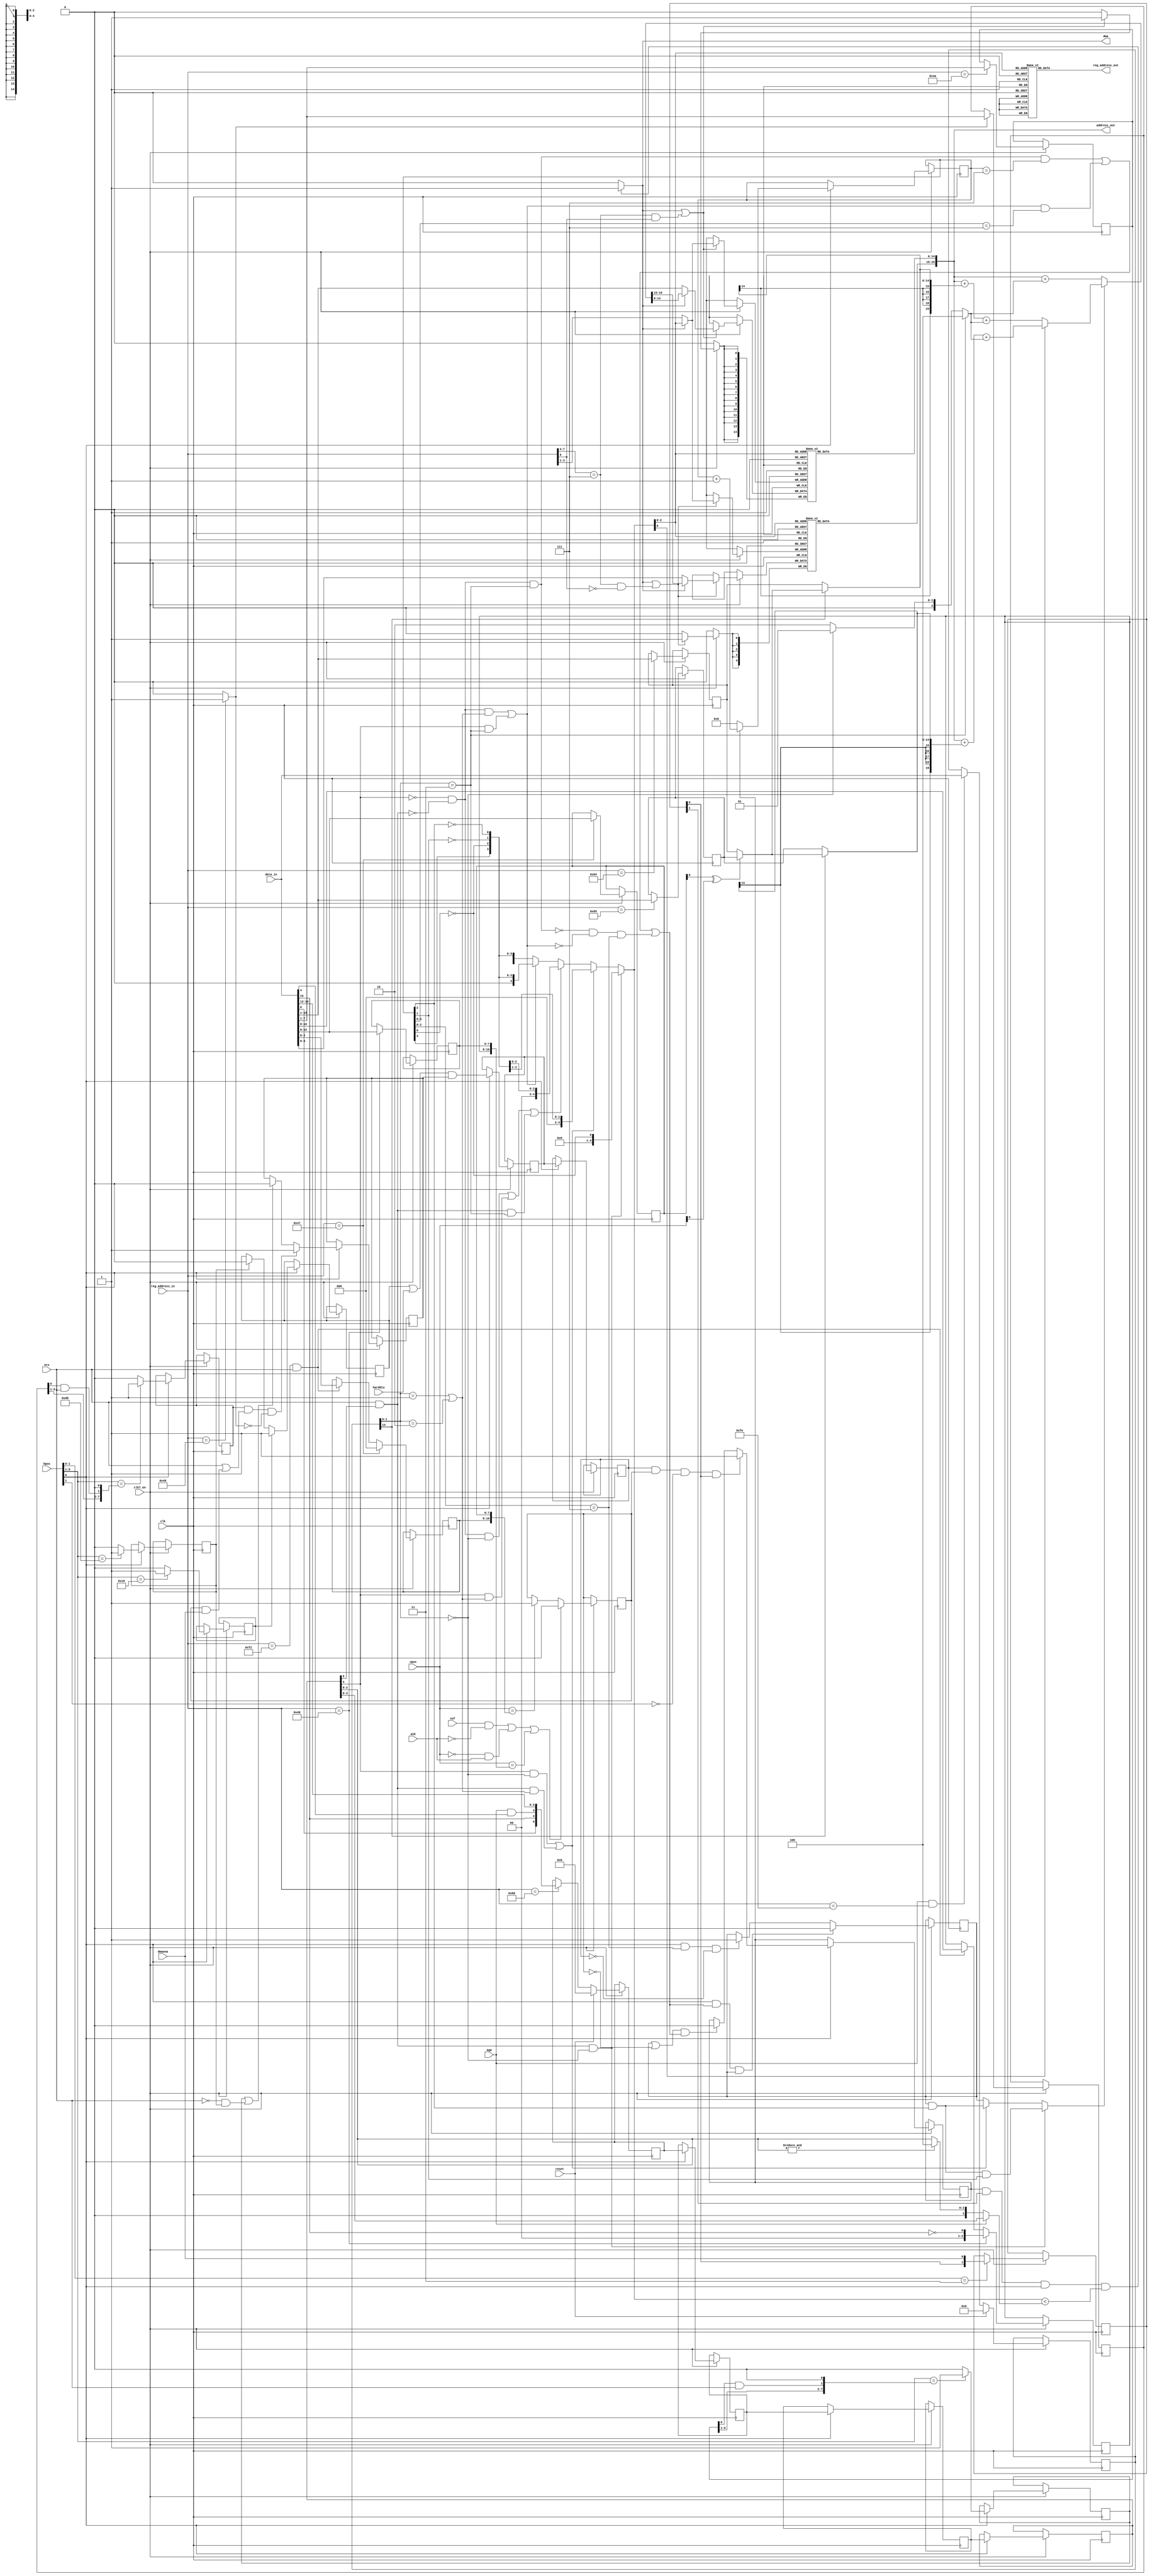
// This program was cloned from: https://github.com/rkrajnc/minimig-mist
// License: GNU General Public License v3.0

////////////////////////////////////////////////////////////////////////////////
//                                                                            //
// Copyright 2006, 2007 Dennis van Weeren                                     //
// Copyright 2008, Jakub Bednarski                                            //
// Copyright 2011-20015, Rok Krajnc                                           //
//                                                                            //
// This file is part of Minimig                                               //
//                                                                            //
// Minimig is free software; you can redistribute it and/or modify            //
// it under the terms of the GNU General Public License as published by       //
// the Free Software Foundation; either version 3 of the License, or          //
// (at your option) any later version.                                        //
//                                                                            //
// Minimig is distributed in the hope that it will be useful,                 //
// but WITHOUT ANY WARRANTY; without even the implied warranty of             //
// MERCHANTABILITY or FITNESS FOR A PARTICULAR PURPOSE.  See the              //
// GNU General Public License for more details.                               //
//                                                                            //
// You should have received a copy of the GNU General Public License          //
// along with this program.  If not, see <http://www.gnu.org/licenses/>.      //
//                                                                            //
////////////////////////////////////////////////////////////////////////////////
//                                                                            //
// Bitplane DMA engine                                                        //
//                                                                            //
////////////////////////////////////////////////////////////////////////////////


module agnus_bitplanedma (
  input  wire           clk,              // 28MHz clock
  input  wire           clk7_en,          // 7MHz clock enable
  input  wire           reset,            // reset
  input  wire           harddis,
  input  wire           aga,              // aga config
  input  wire           ecs,              // ddfstrt/ddfstop ECS bits enable
  input  wire           a1k,              // DIP Agnus feature
  input  wire           sof,              // start of frame
  input  wire           dmaena,           // enable dma input
  input  wire [ 11-1:0] vpos,             // vertical position counter
  input  wire [  9-1:0] hpos,             // agnus internal horizontal position counter (advanced by 4 CCK)
  output wire           dma,              // true if bitplane dma engine uses it's cycle
  input  wire [  9-1:1] reg_address_in,   // register address inputs
  output reg  [  9-1:1] reg_address_out,  // register address outputs
  input  wire [ 16-1:0] data_in,          // bus data in
  output wire [ 21-1:1] address_out       // chip address out
);


// register names and adresses
localparam DIWSTRT_REG   = 9'h08E;
localparam DIWSTOP_REG   = 9'h090;
localparam DIWHIGH_REG   = 9'h1E4;
localparam BPLPTBASE_REG = 9'h0E0; // bitplane pointers base address
localparam DDFSTRT_REG   = 9'h092;
localparam DDFSTOP_REG   = 9'h094;
localparam BPL1MOD_REG   = 9'h108;
localparam BPL2MOD_REG   = 9'h10a;
localparam BPLCON0_REG   = 9'h100;
localparam FMODE_REG     = 9'h1fc;

// local signals
reg  [ 8: 2] ddfstrt;             // display data fetch start
reg  [ 8: 2] ddfstop;             // display data fetch stop
wire [ 8: 2] ddfdiff;
wire [ 8: 2] ddfdiff_masked;
reg  [15: 1] bpl1mod;             // modulo for odd bitplanes
reg  [15: 1] bpl2mod;             // modulo for even bitplanes
wire [15: 1] bpl1mod_bscan;       // modulo for odd bitplanes, adjusted for bitplane scandoubling
wire [15: 1] bpl2mod_bscan;       // modulo for even bitplanes, adjusted for bitplane scandoubling

reg  [ 5: 0] bplcon0;             // bitplane control (SHRES, HIRES and BPU bits)
reg  [ 5: 0] bplcon0_delayed;     // delayed bplcon0 (compatibility)
reg  [ 5: 0] bplcon0_delay [1:0];
reg  [15: 0] fmode;

wire         hires;               // bplcon0 - high resolution display mode
wire         shres;               // bplcon0 - super high resolution display mode
wire [ 3: 0] bpu;                 // bplcon0 - selected number of bitplanes

reg  [20: 1] newpt;               // new pointer
reg  [20:16] bplpth [7:0];        // upper 5 bits bitplane pointers
reg  [15: 1] bplptl [7:0];        // lower 16 bits bitplane pointers
reg  [ 4: 0] plane;               // plane pointer select

wire         mod;                 // end of data fetch, add modulo

reg          hardena;             // hardware display data fetch enable ($18-$D8)
reg          softena;             // software display data fetch enable
reg          ddfena;              // combined display data fetch
reg          ddfena_0;

reg  [ 4: 0] ddfseq;              // bitplane DMA fetch cycle sequencer
reg          ddfrun;              // set when display dma fetches data
reg          ddfend;              // indicates the last display data fetch sequence

reg  [ 1: 0] dmaena_delayed;      // delayed bitplane dma enable signal (compatibility)

reg  [10: 0] vdiwstrt;            // vertical display window start position
reg  [10: 0] vdiwstop;            // vertical display window stop position
reg          vdiwena;             // vertical display window enable

wire [ 2: 0] bplptr_sel;          // bitplane pointer select
wire [20:16] bplpth_in;
wire [15: 1] bplptl_in;
wire         ddfstrt_sel;

wire         bp_fmode0;           // FMODE == 0
wire         bp_fmode12;          // FMODE == 1 || FMODE == 2
wire         bp_fmode3;           // FMODE == 3

reg          soft_start;
reg          soft_stop;
reg          hard_start;
reg          hard_stop;

wire         ddfseq_match;


// display data fetches can take place during blanking (when vdiwstrt is set to 0 the display is distorted)
// diw vstop/vstart conditiotions are continuously checked
// first visible line $1A
// vstop forced by vbl
// last visible line is displayed in colour 0
// vdiwstop = N (M>N)
// wait vpos N-1 hpos $d7, move vdiwstop M : effective
// wait vpos N-1 hpos $d9, move vdiwstop M : non effective

// display not active:
// wait vpos N hpos $dd, move vdiwstrt N : display starts
// wait vpos N hpos $df, move vdiwstrt N : display doesn't start

// if vdiwstrt==vdiwstop : no display
// if vdiwstrt>vdiwstop : display from vdiwstrt till screen bottom

// display dma can be started in the middle of a scanline by setting vdiwstrt to the current line number (ECS only)
// OCS: the display starts when ddfstrt condition is true
// display dma can be stopped in the middle of a scanline by setting vdiwstop to the current line number
// if display starts all enabled planes are fetched
// if hstop is set 4 CCKs after hstart to the same line no display occurs
// if hstop is set 8 CCKs after hstart one 16 pixel chunk is displayed (lowres)

// ECS: DDFSTOP = $E2($E3) display data fetch stopped ($00 stops the display as well)
// ECS: DDFSTOP = $E4 display data fetch not stopped


// vdiwstart
always @ (posedge clk) begin
  if (clk7_en) begin
    if (reg_address_in[8:1]==DIWSTRT_REG[8:1])
      vdiwstrt[7:0] <= #1 data_in[15:8];
  end
end

always @ (posedge clk) begin
  if (clk7_en) begin
    if (reg_address_in[8:1]==DIWSTRT_REG[8:1])
      vdiwstrt[10:8] <= #1 3'b000; // reset V10-V9 when writing DIWSTRT_REG
    else if (reg_address_in[8:1]==DIWHIGH_REG[8:1] && ecs) // ECS
      vdiwstrt[10:8] <= #1 data_in[2:0];
  end
end

// vdiwstop
always @ (posedge clk) begin
  if (clk7_en) begin
    if (reg_address_in[8:1]==DIWSTOP_REG[8:1])
      vdiwstop[7:0] <= #1 data_in[15:8];
  end
end

always @ (posedge clk) begin
  if (clk7_en) begin
    if (reg_address_in[8:1]==DIWSTOP_REG[8:1])
      vdiwstop[10:8] <= #1 {2'b00,~data_in[15]}; // V8 = ~V7
    else if (reg_address_in[8:1]==DIWHIGH_REG[8:1] && ecs) // ECS
      vdiwstop[10:8] <= #1 data_in[10:8];
  end
end

// vertical display window enable
always @ (posedge clk) begin
  if (clk7_en) begin
    if (sof && ~a1k || vpos[10:0]==0 && a1k || vpos[10:0]==vdiwstop[10:0]) // DIP Agnus can't start display DMA at scanline 0
      vdiwena <= #1 1'b0;
    else if (vpos[10:0]==vdiwstrt[10:0])
      vdiwena <= #1 1'b1;
  end
end

assign bplptr_sel = dma ? plane[2:0] : reg_address_in[4:2];

// high word pointer register bank (implemented using distributed ram)
assign bplpth_in = dma ? newpt[20:16] : data_in[4:0];

// TODO high bitplane pointer probably needs a delay (writing to pointer doesn't seem to take effect next cycle ...)
always @ (posedge clk) begin
  if (clk7_en) begin
    if (dma || ((reg_address_in[8:5]==BPLPTBASE_REG[8:5]) && !reg_address_in[1])) // if bitplane dma cycle or bus write
      bplpth[bplptr_sel] <= #1 bplpth_in;
  end
end

assign address_out[20:16] = bplpth[plane[2:0]];

// low word pointer register bank (implemented using distributed ram)
assign bplptl_in = dma ? newpt[15:1] : data_in[15:1];

always @ (posedge clk) begin
  if (clk7_en) begin
    if (dma || ((reg_address_in[8:5]==BPLPTBASE_REG[8:5]) && reg_address_in[1])) // if bitplane dma cycle or bus write
      bplptl[bplptr_sel] <= #1 bplptl_in;
  end
end

assign address_out[15:1] = bplptl[plane[2:0]];

assign ddfstrt_sel = reg_address_in[8:1]==DDFSTRT_REG[8:1] ? 1'b1 : 1'b0;

// write ddfstrt and ddfstop registers
always @ (posedge clk) begin
  if (clk7_en) begin
    if (ddfstrt_sel)
      ddfstrt[8:2] <= #1 data_in[7:1];
  end
end

always @ (posedge clk) begin
  if (clk7_en) begin
    if (reg_address_in[8:1]==DDFSTOP_REG[8:1])
      ddfstop[8:2] <= #1 data_in[7:1];
  end
end

// write modulo registers
always @ (posedge clk) begin
  if (clk7_en) begin
    if (reg_address_in[8:1]==BPL1MOD_REG[8:1])
      bpl1mod[15:1] <= #1 data_in[15:1];
  end
end

always @ (posedge clk) begin
  if (clk7_en) begin
    if (reg_address_in[8:1]==BPL2MOD_REG[8:1])
      bpl2mod[15:1] <= #1 data_in[15:1];
  end
end

// write those parts of bplcon0 register that are relevant to bitplane DMA sequencer
always @ (posedge clk) begin
  if (clk7_en) begin
    if (reset)
      bplcon0 <= #1 6'b00_0000;
    else if (reg_address_in[8:1]==BPLCON0_REG[8:1])
      bplcon0 <= #1 {data_in[6], data_in[15], aga & data_in[4], data_in[14:12]}; //SHRES,HIRES,BPU3,BPU2,BPU1,BPU0
  end
end

// delay by 8 clocks (in real Amiga DMA sequencer is pipelined and features a delay of 3 CCKs)
// delayed BPLCON0 by 3 CCKs
always @ (posedge clk) begin
  if (clk7_en) begin
    if (hpos[0]) begin
      bplcon0_delay[0] <= #1 bplcon0;
      bplcon0_delay[1] <= #1 bplcon0_delay[0];
      bplcon0_delayed  <= #1 bplcon0_delay[1];
    end
  end
end

assign shres = ecs & bplcon0_delayed[5];
assign hires = bplcon0_delayed[4];
assign bpu = aga ? bplcon0_delayed[3:0] : {1'b0, &bplcon0_delayed[2:0] ? 3'd4 : bplcon0_delayed[2:0]};

// fmode
always @ (posedge clk) begin
  if (clk7_en) begin
    if (reset)
      fmode <= #1 16'h0000;
    else if (aga && (reg_address_in[8:1] == FMODE_REG[8:1]))
      fmode <= #1 data_in;
  end
end

assign bp_fmode0  = (fmode[1:0] == 2'b00);
assign bp_fmode12 = (fmode[1:0] == 2'b01) || (fmode[1:0] == 2'b10);
assign bp_fmode3  = (fmode[1:0] == 2'b11);

// bitplane dma enable bit delayed by 4 CCKs
always @ (posedge clk) begin
  if (clk7_en) begin
    if (hpos[1:0]==2'b11)
      dmaena_delayed[1:0] <= #1 {dmaena_delayed[0], dmaena};
  end
end


//  Display DMA can start and stop on any (within hardware limits) 2-CCK boundary regardless of a choosen resolution.
//  Non-aligned start position causes addition of extra shift value to horizontal scroll.
//  This values depends on which horizontal position BPL0DAT register is written.
//  One full display DMA sequence lasts 8 CCKs. When sequence restarts finish condition is checked (ddfstop position passed).
//  The last DMA sequence adds modulo to bitplane pointers.
//  The state of BPLCON0 is delayed by 3 CCKs (real Agnus has pipelining in DMA engine).
//
//  ddf start condition is checked 2 CCKs before actual position, ddf stop is checked 4 CCKs in advance <- that's not true
//  ddf start condition is checked 4 CCKs before the first bitplane data fetch
//  magic: writing DDFSTRT register when the hpos=ddfstrt doesn't start the bitplane DMA

always @ (posedge clk) begin
  if (clk7_en) begin
    if (hpos[0])
      if (hpos[8:1]=={ddfstrt[8:3], ddfstrt[2] & ecs, 1'b0})
        soft_start <= #1 1'b1;
      else
        soft_start <= #1 1'b0;
  end
end

always @ (posedge clk) begin
  if (clk7_en) begin
    if (hpos[0])
      if (hpos[8:1] == {ddfstop[8:3], ddfstop[2] & ecs, 1'b0})
        soft_stop <= #1 1'b1;
      else
        soft_stop <= #1 1'b0;
  end
end

always @ (posedge clk) begin
  if (clk7_en) begin
    if (hpos[0])
      if (hpos[8:1]==8'h18)
        hard_start <= #1 1'b1;
      else
        hard_start <= #1 1'b0;
  end
end

always @ (posedge clk) begin
  if (clk7_en) begin
    if (hpos[0])
      if (hpos[8:1]==8'hD8)
        hard_stop <= #1 1'b1;
      else
        hard_stop <= #1 1'b0;
  end
end

// softena : software display data fetch window
always @ (posedge clk) begin
  if (clk7_en) begin
    if (hpos[0])
      if (soft_start && (ecs || vdiwena && dmaena) && !ddfstrt_sel) // OCS: display can start only when vdiwena condition is true
        softena <= #1 1'b1;
      else if (soft_stop || !ecs && hard_stop)
        softena <= #1 1'b0;
  end
end

// hardena : hardware limits of display data fetch
always @ (posedge clk) begin
  if (clk7_en) begin
    if (hpos[0])
      if (hard_start)
        hardena <= #1 1'b1;
      else if (hard_stop)
        hardena <= #1 1'b0;
  end
end

// ddfena signal is set and cleared 2 CCKs before actual transfer should start or stop
// delayed DDFENA by 2 CCKs
always @ (posedge clk) begin
  if (clk7_en) begin
    if (hpos[0]) begin
      ddfena_0 <= #1 (hardena || harddis) && softena;
      ddfena <= #1 ddfena_0;
    end
  end
end

// this signal is for matching ddfseq with last dma cycle (after ddfstop)
assign ddfseq_match = ((!hires && !shres && bp_fmode3)                            && (ddfseq[4:0] == 5'd7)) ||
                      (((!shres && !hires && bp_fmode12) || (hires && bp_fmode3)) && (ddfseq[3:0] == 4'd7)) ||
                      (!(!hires && !shres && bp_fmode3) && !((!shres && !hires && bp_fmode12) || (hires && bp_fmode3))) && (ddfseq[2:0] == 3'd7);

// this signal enables bitplane DMA sequencer
always @ (posedge clk) begin
  if (clk7_en) begin
    if (hpos[0]) //cycle alligment
      if (ddfena && vdiwena && !hpos[1] && dmaena_delayed[0]) // bitplane DMA starts at odd timeslot
        ddfrun <= #1 1'b1;
      else if ((ddfend || !vdiwena) && ddfseq_match) // cleared at the end of last bitplane DMA cycle
        ddfrun <= #1 1'b0;
  end
end

// bitplane fetch dma sequence counter (1 bitplane DMA sequence lasts 8 CCK cycles)
always @ (posedge clk) begin
  if (clk7_en) begin
    if (hpos[0]) // cycle alligment
      if (ddfrun) // if enabled go to the next state
        ddfseq <= #1 ddfseq + 5'd1;
      else
        ddfseq <= #1 5'd0;
  end
end

// the last sequence of the bitplane DMA (time to add modulo)
always @ (posedge clk) begin
  if (clk7_en) begin
    if (hpos[0] && ddfseq_match && ddfend)
      ddfend <= #1 1'b0;
    else if (hpos[0] && (ddfseq[2:0]==7) && !ddfena)
      ddfend <= #1 1'b1;
  end
end

// signal for adding modulo to the bitplane pointers
assign mod = (shres && bp_fmode0) ? ddfend & ddfseq[2] & ddfseq[1] : ((hires && bp_fmode0) || (shres && bp_fmode12)) ? ddfend & ddfseq[2] : ddfend;

// plane number encoder
always @ (*) begin
  if (shres && bp_fmode0) // shres+fmode0, up to 2bpls (2+2+2+2)
    plane = {4'b0000,~ddfseq[0]};
  else if ((hires && bp_fmode0) || (shres && bp_fmode12)) // hires+fmode0 or shres+fmode12, up to 4 bpls (4+4)
    plane = {3'b000,~ddfseq[0],~ddfseq[1]};
  else if ((!shres && !hires && bp_fmode0) || (hires && bp_fmode12) || (shres && bp_fmode3)) // lores+fmode0 or hires+fmode12 or shres+fmode3, up to 8 bpls (8)
    plane = {2'b00,~ddfseq[0],~ddfseq[1],~ddfseq[2]};
  else if ((!shres && !hires && bp_fmode12) || (hires && bp_fmode3)) // lores+fmode12 or hires+fmode3, up to 8 bpls, 8 free cycles (8+8f)
    plane = {1'b0,ddfseq[3],~ddfseq[0],~ddfseq[1],~ddfseq[2]};
  else // lores+fmode3, up to 8 bpls, 24 free cycles (8+8f+8f+8f)
    plane = {ddfseq[4],ddfseq[3],~ddfseq[0],~ddfseq[1],~ddfseq[2]};
end

// generate dma signal
// for a dma to happen plane must be less than BPU, dma must be enabled and data fetch must be true
assign dma = (ddfrun) && dmaena_delayed[1] && hpos[0] && (plane[4:0] < {1'b0,bpu[3:0]}) ? 1'b1 : 1'b0;

// adjust BPLxMOD for scandoubling
assign bpl1mod_bscan = fmode[14] ? ((vdiwstrt[0] ^ vpos[0]) ? bpl2mod : bpl1mod) : bpl1mod;
assign bpl2mod_bscan = fmode[14] ? ((vdiwstrt[0] ^ vpos[0]) ? bpl2mod : bpl1mod) : bpl2mod;

// dma pointer arithmetic unit
always @ (*) begin
  if (mod) begin
    if (plane[0]) // even plane modulo
      newpt[20:1] = address_out[20:1] + {{5{bpl2mod_bscan[15]}},bpl2mod_bscan[15:1]} + (fmode[1:0] == 2'b11 ? 3'd4 : fmode[1:0] == 2'b00 ? 3'd1 : 3'd2);
    else // odd plane modulo
      newpt[20:1] = address_out[20:1] + {{5{bpl1mod_bscan[15]}},bpl1mod_bscan[15:1]} + (fmode[1:0] == 2'b11 ? 3'd4 : fmode[1:0] == 2'b00 ? 3'd1 : 3'd2);
  end else begin
    newpt[20:1] = address_out[20:1] + (fmode[1:0] == 2'b11 ? 3'd4 : fmode[1:0] == 2'b00 ? 3'd1 : 3'd2);
  end
end

// Denise bitplane shift registers address lookup table
always @ (*) begin
  case (plane[2:0])
    3'b000 : reg_address_out[8:1] = 8'h88;
    3'b001 : reg_address_out[8:1] = 8'h89;
    3'b010 : reg_address_out[8:1] = 8'h8A;
    3'b011 : reg_address_out[8:1] = 8'h8B;
    3'b100 : reg_address_out[8:1] = 8'h8C;
    3'b101 : reg_address_out[8:1] = 8'h8D;
    3'b110 : reg_address_out[8:1] = 8'h8E;
    3'b111 : reg_address_out[8:1] = 8'h8F;
  endcase
end


endmodule